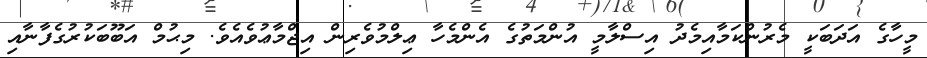
މީހާގެ އަދަބަކީ މެރުންކަމާއިމެދު އިސްލާމީ އުންމަތުގެ އެންމެހާ ޢިލްމުވެރިން އިޖްމާޢުވެއެވެ. މިޙުމް އަބޫބަކުރުގެފާނާއި